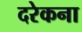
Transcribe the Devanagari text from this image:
दरेकना